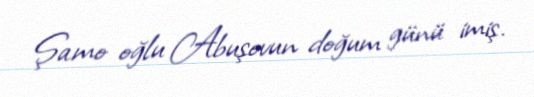
Şamo oğlu Abuşovun doğum günü imiş.